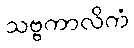
သဗ္ဗကာလိကံ